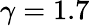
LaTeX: \gamma=1.7